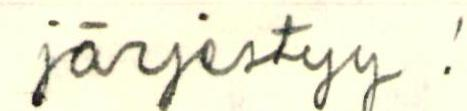
järjestyy.